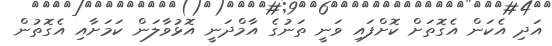
އަދި އެކަން އެގޮތަށް ކޮށްފައި ވަނީ ތަނުގެ އާމްދަނީ އޮޅުވާލަން ކަމަށާއި އެގޮތުން